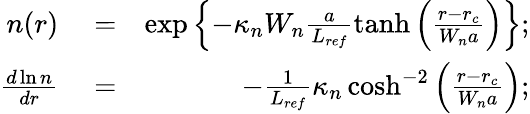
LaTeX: \begin{array}{rlr}{n(r)}&{{}=}&{\exp\left\{ -\kappa_{n}W_{n}\frac{a}{L_{ref}}\operatorname{tanh}\left(\frac{r-r_{c}}{W_{n}a}\right)\right\} ;}\\ {\frac{d\ln n}{dr}}&{{}=}&{-\frac{1}{L_{ref}}\kappa_{n}\cosh^{-2}\left(\frac{r-r_{c}}{W_{n}a}\right);}\end{array}